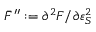
\bar { F } ^ { \prime \prime } : = \partial ^ { 2 } F / \partial \varepsilon _ { S } ^ { 2 }